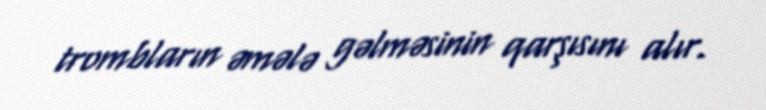
trombların əmələ gəlməsinin qarşısını alır.